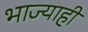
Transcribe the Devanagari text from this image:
भाज्याही